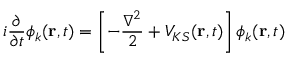
i \frac { \partial } { \partial t } \phi _ { k } ( { \bf r } , t ) = \left[ - \frac { \nabla ^ { 2 } } { 2 } + V _ { K S } ( { \bf r } , t ) \right] \phi _ { k } ( { \bf r } , t )